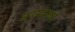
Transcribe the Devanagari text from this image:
कामारूप